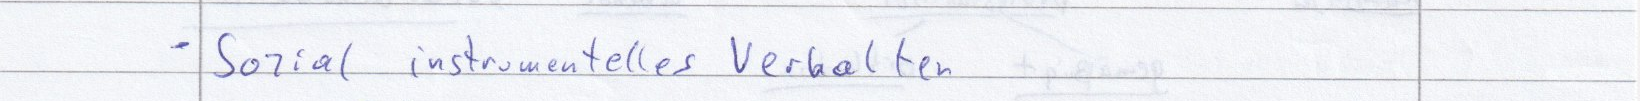
- Sozial instrumentelles Verhalten